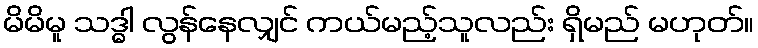
မိမိမူ သဒ္ဓါ လွန်နေလျှင် ကယ်မည့်သူလည်း ရှိမည် မဟုတ်။